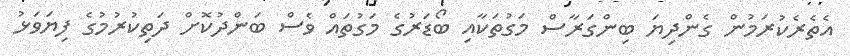
އެތެރެކުރަމުން ގެންދިޔަ ބިންގަރާސް މަގުތަކާއި ބޯޑަރުގެ މަގުތައް ވެސް ބަންދުކޮށް ދަތިކުރުމުގެ ފިޔަވަޅު